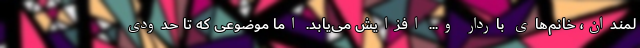
لمندان، خانم‌های باردار و... افزایش می‌یابد. اما موضوعی که تا حدودی